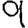
Digit: 9